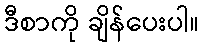
ဒီစာကို ချိန်ပေးပါ။